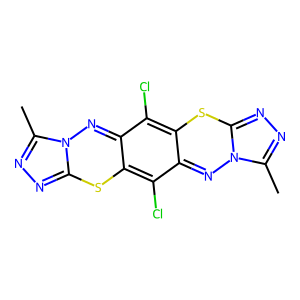
SMILES: Cc1nnc2sc3c(Cl)c4nn5c(C)nnc5sc4c(Cl)c3nn12
Inhibits HIV replication: No